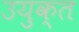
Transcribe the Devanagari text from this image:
उयुक्त